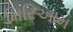
મિરિઆમ